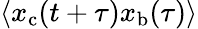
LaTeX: \langle x_{\mathrm{c}}(t+\tau)x_{\mathrm{b}}(\tau)\rangle